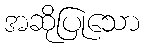
အဆိုပြုသော